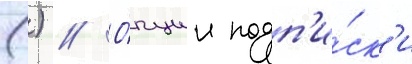
() // О́пции подп'и́ск'и